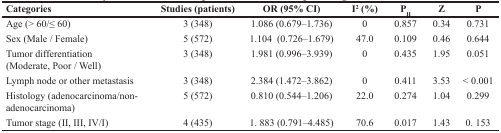
| Categories | Studies (patients) | OR (95% CI) | I2 (%) | PH | Z | P |
 | --- | --- | --- | --- | --- | --- | --- |
 | Age (> 60/≤ 60) | 3 (348) | 1.086 (0.679–1.736) | 0 | 0.857 | 0.34 | 0.731 |
 | Sex (Male / Female) | 5 (572) | 1.104 (0.726–1.679) | 47.0 | 0.109 | 0.46 | 0.644 |
 | Tumor differentiation(Moderate, Poor / Well) | 3 (348) | 1.981 (0.996–3.939) | 0 | 0.435 | 1.95 | 0.051 |
 | Lymph node or other metastasis | 3 (348) | 2.384 (1.472–3.862) | 0 | 0.411 | 3.53 | < 0.001 |
 | Histology (adenocarcinoma/non-adenocarcinoma) | 5 (572) | 0.810 (0.544–1.206) | 22.0 | 0.274 | 1.04 | 0.299 |
 | Tumor stage (II, III, IV/I) | 4 (435) | 1. 883 (0.791–4.485) | 70.6 | 0.017 | 1.43 | 0. 153 |